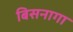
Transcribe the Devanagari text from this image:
बिसनागा